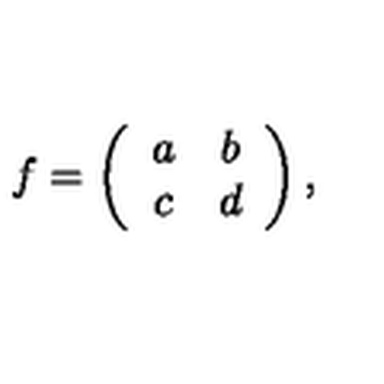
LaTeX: f = \left( \begin{array} { c c } { a } & { b } \\ { c } & { d } \\ \end{array} \right) ,